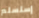
إستسلم